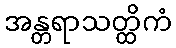
အန္တရာသတ္ထိကံ